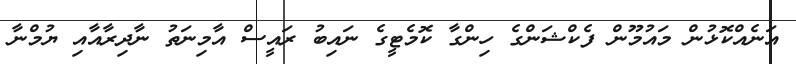
އަނެއްކޮޅުން މައުމޫން ފެކްޝަންގެ ހިންގާ ކޮމެޓީގެ ނައިބު ރައީސް އާމިނަތު ނާދިރާއާއި ޔުމްނާ